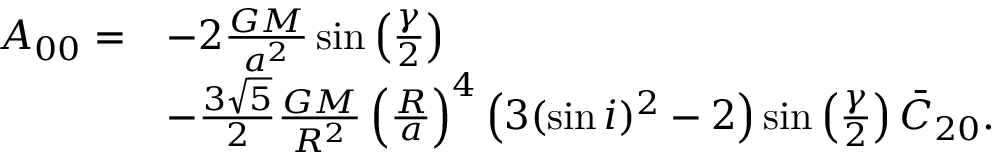
\begin{array} { r l } { A _ { 0 0 } = } & { - 2 \frac { G M } { a ^ { 2 } } \sin \left( \frac { \gamma } { 2 } \right) } \\ & { - \frac { 3 \sqrt { 5 } } { 2 } \frac { G M } { R ^ { 2 } } \left( \frac { R } { a } \right) ^ { 4 } \left( 3 ( \sin i ) ^ { 2 } - 2 \right) \sin \left( \frac { \gamma } { 2 } \right) \bar { C } _ { 2 0 } . } \end{array}